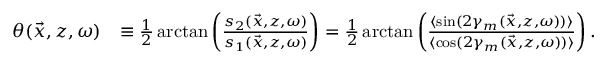
\begin{array} { r l } { \theta ( \vec { x } , z , \omega ) } & { \equiv \frac { 1 } { 2 } \arctan \left( \frac { s _ { 2 } ( \vec { x } , z , \omega ) } { s _ { 1 } ( \vec { x } , z , \omega ) } \right) = \frac { 1 } { 2 } \arctan \left( \frac { \langle \sin ( 2 \gamma _ { m } ( \vec { x } , z , \omega ) ) \rangle } { \langle \cos ( 2 \gamma _ { m } ( \vec { x } , z , \omega ) ) \rangle } \right) . } \end{array}